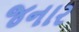
જનાર